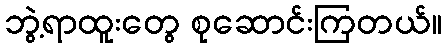
ဘွဲ့ရာထူးတွေ စုဆောင်းကြတယ်။